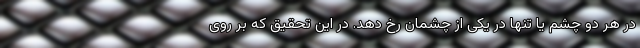
در هر دو چشم یا تنها در یکی از چشمان رخ دهد. در این تحقیق که بر روی